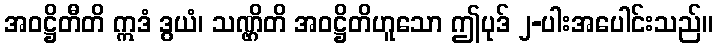
အဝဋ္ဌိတီတိ ဣဒံ ဒွယံ၊ သဏ္ဌိတိ အဝဋ္ဌိတိဟူသော ဤပုဒ် ၂-ပါးအပေါင်းသည်။